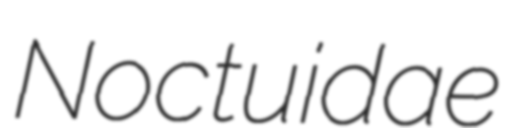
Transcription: Noctuidae